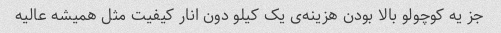
جز یه کوچولو بالا بودن هزینه‌ی یک کیلو دون انار کیفیت مثل همیشه عالیه